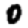
Digit: 0